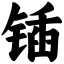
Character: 锸